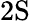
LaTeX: \mathrm{2S}